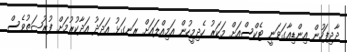
ދާދިފަހުން އިންޑިއާގަވަނީ ޓެކްސްއަށް މަކަރު ހެދިމީހުން އަމިއްލައަށް ރަނގަޅު އަދަދު އަދާކުރުމަށް ފުރުޞަތުވެސް